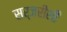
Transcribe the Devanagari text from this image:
सर्जरीशी